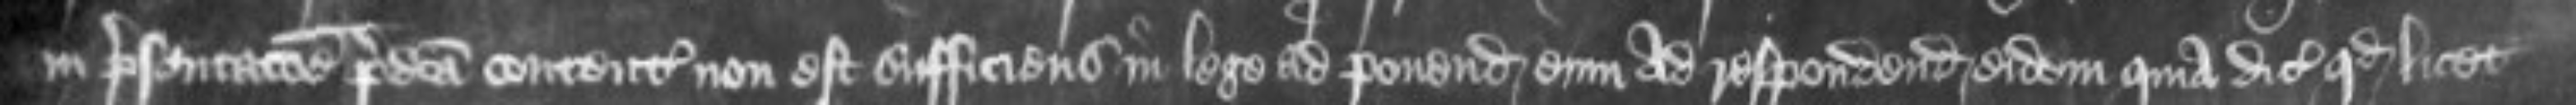
in presentacione predicta contenta non est sufficiens in lege ad ponendum eum ad respondendum eidem quia dicit quod licet